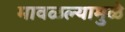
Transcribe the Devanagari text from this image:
मावळल्यामुळे